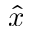
\hat { x }